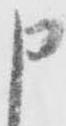
申